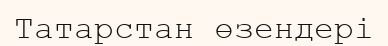
Татарстан өзендері